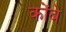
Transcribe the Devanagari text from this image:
कोंबे